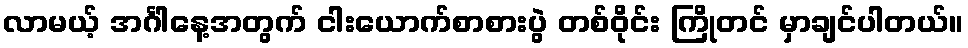
လာမယ့် အင်္ဂါနေ့အတွက် ငါးယောက်စာစားပွဲ တစ်ဝိုင်း ကြိုတင် မှာချင်ပါတယ်။